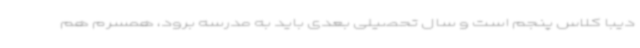
دیبا کلاس پنجم است و سال تحصیلی بعدی باید به مدرسه برود، همسرم هم